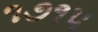
૧૭૧૫